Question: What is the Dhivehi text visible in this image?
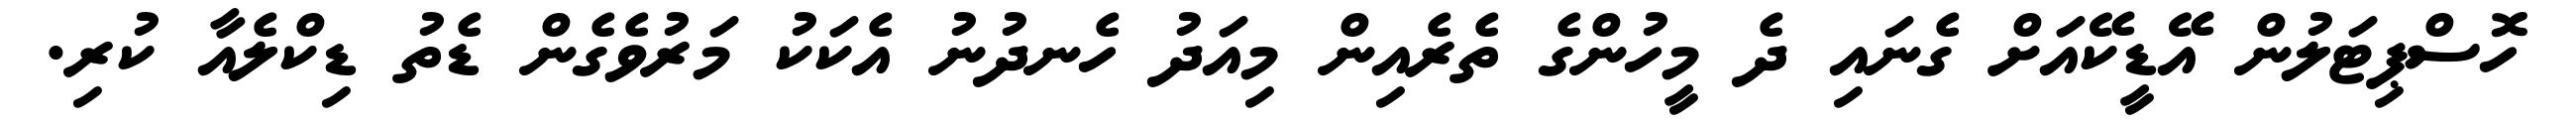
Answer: ހޮސްޕިޓަލުން އޭޑީކޭއަށް ގެނައި ދެ މީހުންގެ ތެރެއިން މިއަދު ހެނދުނު އެކަކު މަރުވެގެން ޑެތު ޑިކްލެއާ ކުރި.